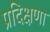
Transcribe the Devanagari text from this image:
प्रदिक्षणा